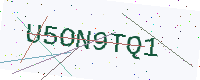
Text: U5ON9TQ1